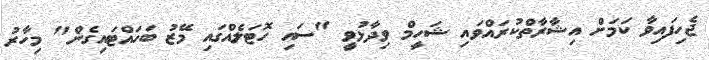
ޖެހިފައިވާ ކަމަށް އިޝާރާތްކުރައްވައި ޝަހީމް ވިދާޅުވީ "ސައި ހޮޓަލެއްގައި މޭޒު ބަހައްޓައިގެން" މިހާރު